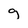
Character: g